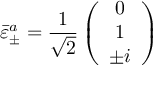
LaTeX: \bar { \varepsilon } _ { \pm } ^ { a } = \frac { 1 } { \sqrt 2 } \left( \begin{array} { c } { { 0 } } \\ { { 1 } } \\ { { \pm i } } \end{array} \right)